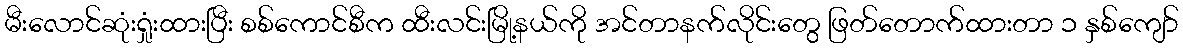
မီးလောင်ဆုံးရှုံးထားပြီး စစ်ကောင်စီက ထီးလင်းမြို့နယ်ကို အင်တာနက်လိုင်းတွေ ဖြတ်တောက်ထားတာ ၁ နှစ်ကျော်